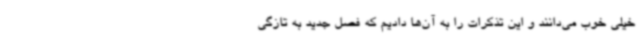
خیلی خوب می‌دانند و این تذکرات را به آن‌ها دادیم که فصل جدید به تازگی